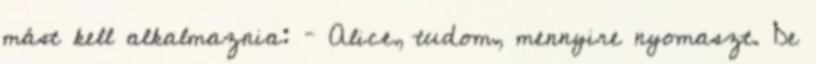
mást kell alkalmaznia: – Alice, tudom, mennyire nyomaszt. De